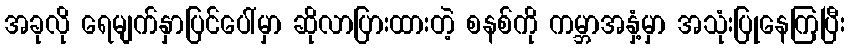
အခုလို ရေမျက်နှာပြင်ပေါ်မှာ ဆိုလာပြားထားတဲ့ စနစ်ကို ကမ္ဘာအနှံ့မှာ အသုံးပြုနေကြပြီး